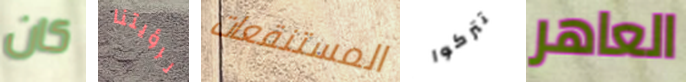
كان لرؤيتنا المستنقعات تتركوا العاهر